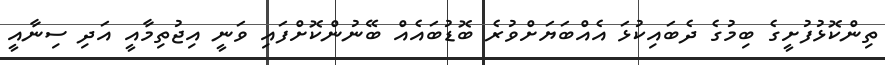
ތިންކޮޅުފުށީގެ ބިމުގެ ދެބައިކުޅަ އެއްބަޔަށްވުރެ ބޮޑުބައެއް ބޭނުންކޮށްފައި ވަނީ އިޖުތިމާއީ އަދި ސިނާއީ